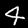
Label: 4